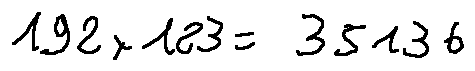
1 9 2 \times 1 8 3 = 3 5 1 3 6